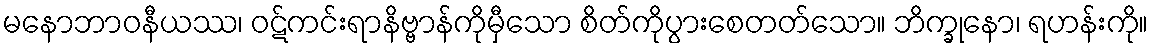
မနောဘာဝနီယဿ၊ ဝဋ်ကင်းရာနိဗ္ဗာန်ကိုမှီသော စိတ်ကိုပွားစေတတ်သော။ ဘိက္ခုနော၊ ရဟန်းကို။